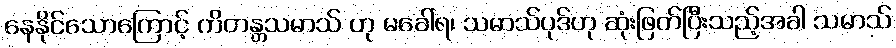
နေနိုင်သောကြောင့် ကိတန္တသမာသ် ဟု မခေါ်ရ၊ သမာသ်ပုဒ်ဟု ဆုံးဖြတ်ပြီးသည့်အခါ သမာသ်